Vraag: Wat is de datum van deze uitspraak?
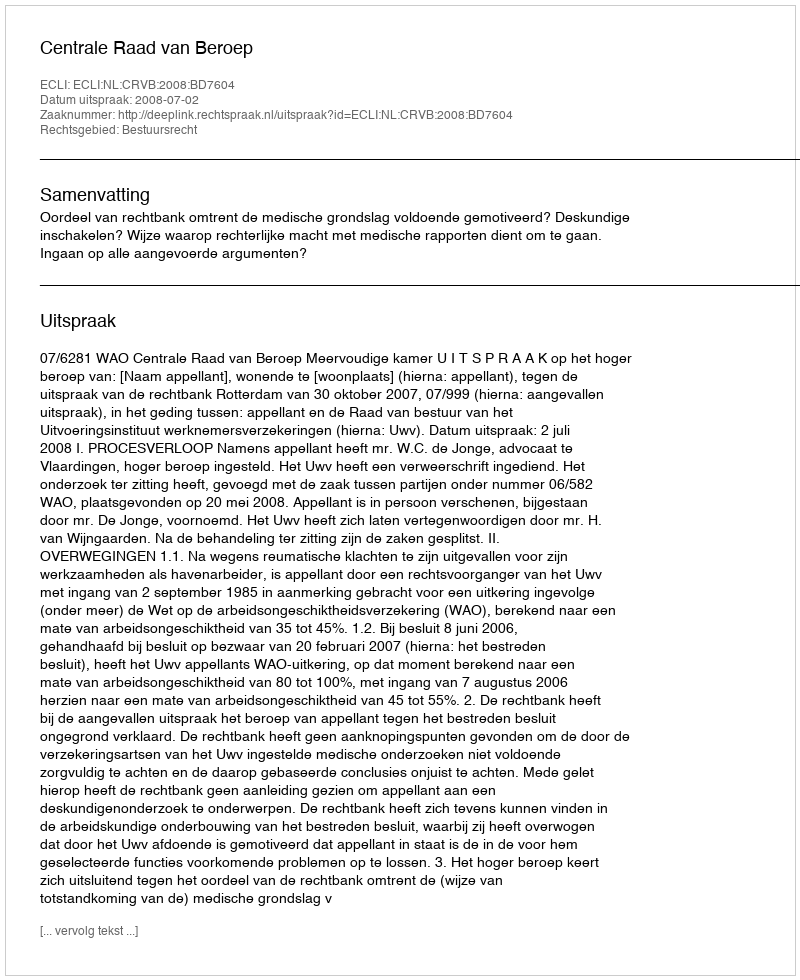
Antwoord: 2008-07-02